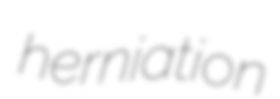
herniation